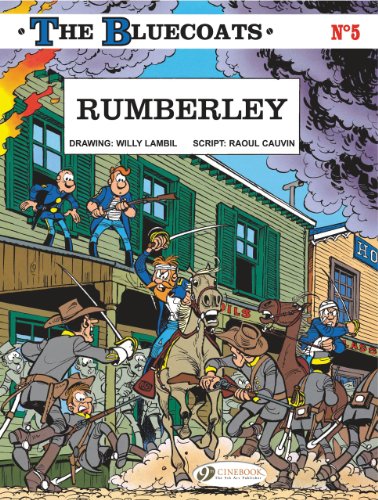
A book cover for Rumberley: The Bluecoats Vol. 5; Raoul Cauvin; Children's Books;